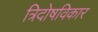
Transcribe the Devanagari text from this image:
त्रिदोषविकार